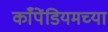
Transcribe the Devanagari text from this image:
काँपेंडियमच्या